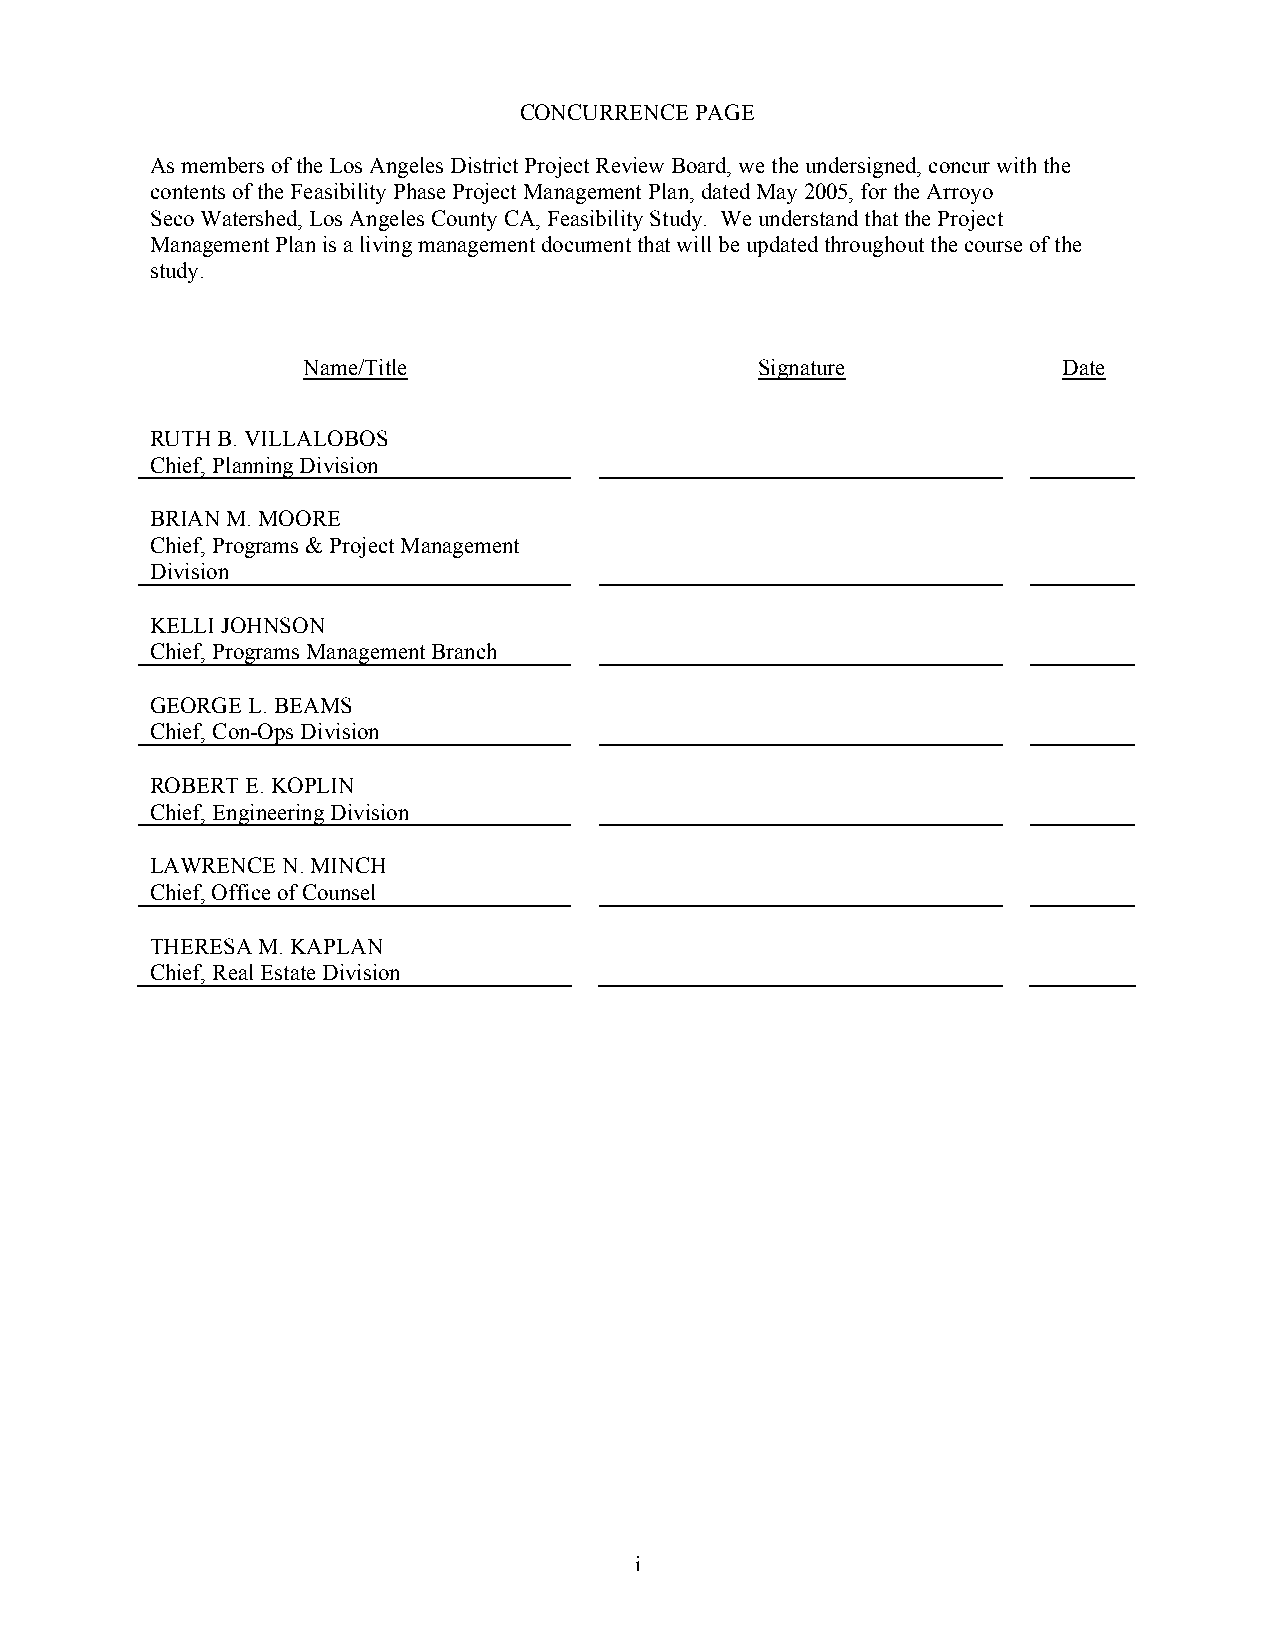
CONCURRENCE PAGE
 As members of the Los Angeles District Project Review Board, we the undersigned, concur with the
 contents of the Feasibility Phase Project Management Plan, dated May 2005, for the Arroyo
 Seco Watershed, Los Angeles County CA, Feasibility Study. We understand that the Project
 Management Plan is a living management document that will be updated throughout the course of the
 study.
 Name/Title                    Signature           Date
 RUTH B. VILLALOBOS
 Chief, Planning Division
 BRIAN M. MOORE
 Chief, Programs & Project Management
 Division
 KELLI JOHNSON
 Chief, Programs Management Branch
 GEORGE L. BEAMS
 Chief, Con-Ops Division
 ROBERT E. KOPLIN
 Chief, Engineering Division
 LAWRENCE N. MINCH
 Chief, Office of Counsel
 THERESA M. KAPLAN
 Chief, Real Estate Division
 i